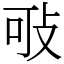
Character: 㪃